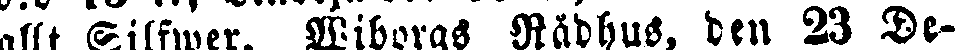
allt Silfwer. Wiborgs Rådhus, den 23 De-